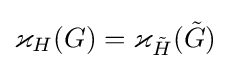
\varkappa _{H}(G)=\varkappa _{\tilde {H}}({\tilde {G}})